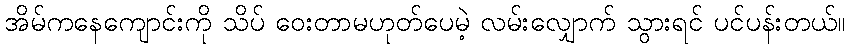
အိမ်ကနေကျောင်းကို သိပ် ဝေးတာမဟုတ်ပေမဲ့ လမ်းလျှောက် သွားရင် ပင်ပန်းတယ်။